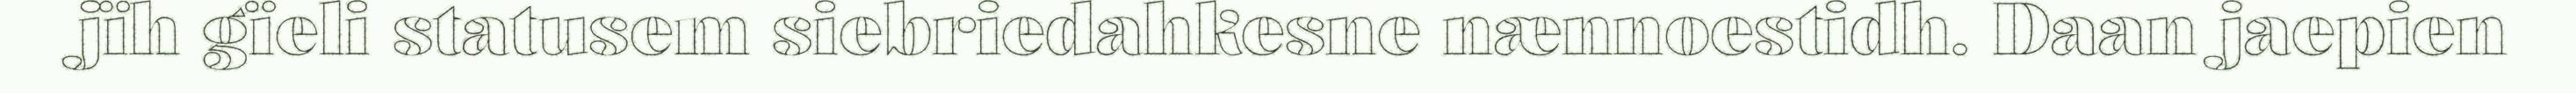
jïh gïeli statusem siebriedahkesne nænnoestidh. Daan jaepien